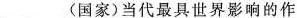
___(国家)当代最具世界影响的作